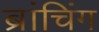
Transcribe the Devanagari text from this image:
ब्रांचिंग